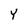
Character: Y